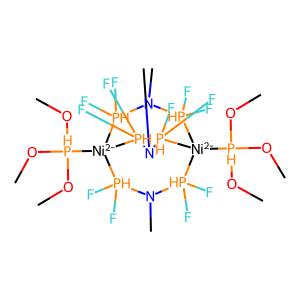
SMILES: CO[PH](OC)(OC)[Ni-2]12[PH](F)(F)N(C)[PH](F)(F)[Ni-2]([PH](OC)(OC)OC)([PH](F)(F)N(C)[PH]1(F)F)[PH](F)(F)N(C)[PH]2(F)F
Inhibits HIV replication: No